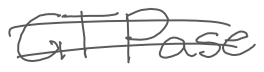
Text: GTPase
Cross-out: mix
Writing tool: digital_gray